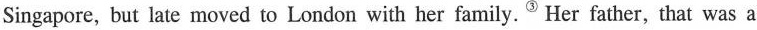
Singapore, but late moved to London with her family.^{③}Her father, that was a